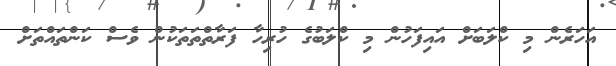
އަހަރެން މި ކްލަބަށް އައިފަހުން މި ކްލަބުގެ ހުރިހާ ފަރާތްތަތަކުން ވެސް ކަންތައްތަށް